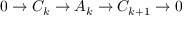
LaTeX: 0 \to C _ { k } \to A _ { k } \to C _ { k + 1 } \to 0